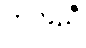
ကိုက်ညီ